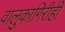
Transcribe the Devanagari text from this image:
वालुकागिरीही